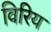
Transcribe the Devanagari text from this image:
विरिय